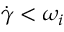
\dot { \gamma } < \omega _ { i }